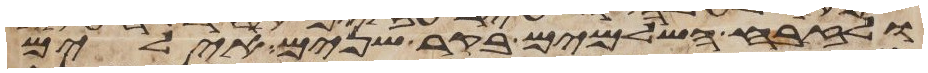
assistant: ולזבח השלמים בקר שנים אילים